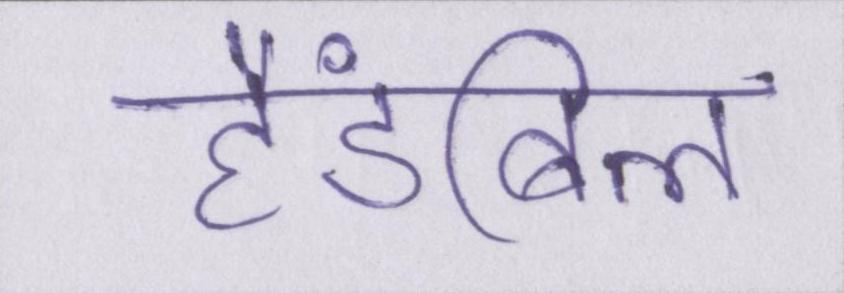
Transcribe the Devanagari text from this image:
हैंडबिल